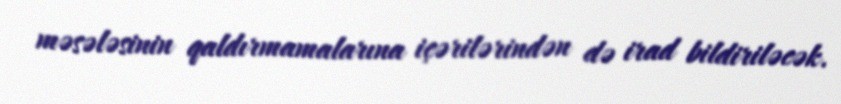
məsələsinin qaldırmamalarına içərilərindən də irad bildiriləcək.